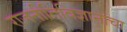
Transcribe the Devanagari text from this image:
राजनीतिविज्ञानाचा